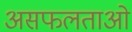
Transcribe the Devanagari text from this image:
असफलताओ